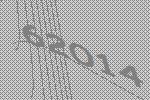
62014